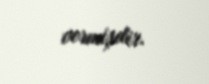
vermişdir.